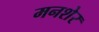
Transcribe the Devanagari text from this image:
मनशेर